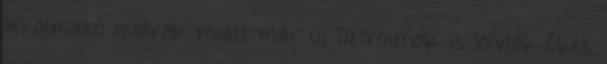
alkalmazó gyárak miatt már új Detroitnak is hívták őket,